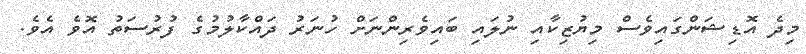
މިދެ އޮޑިޝަންގައިވެސް މިޔުޒިކާއި ނުލައި ބައިވެރިންނަށް ހުނަރު ދައްކާލުމުގެ ފުރުސަތު އޮވެ އެވެ.